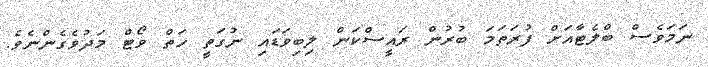
ނަމަވެސް ބްލެޓާއަށް ފުރަތަމަ ބުރުން ރައީސްކަން ލިބިވަޑައި ނުގަތީ ހަތް ވޯޓް މަދުވެގެންނެވެ.